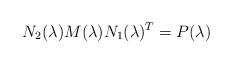
LaTeX: \begin{align*}N_2(\lambda)M(\lambda)N_1(\lambda)^T=P(\lambda) \end{align*}